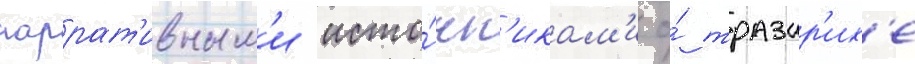
наррат'ивным'и исто́чн'икам'и о́ тразар'их'е